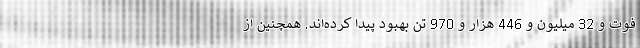
فوت و 32 میلیون و 446 هزار و 970 تن بهبود پیدا کرده‌اند. همچنین از